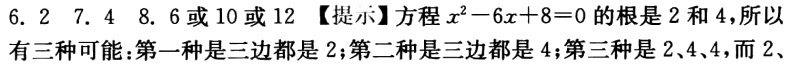
6. 2  7. 4  8. 6或10或12 【提示】方程$x^{2}-6x + 8 = 0$的根是2和4，所以有三种可能：第一种是三边都是2；第二种是三边都是4；第三种是2、4、4，而2、